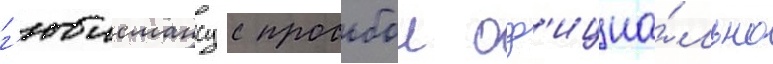
г'юисмансу с просьбои оф'ициа́льно